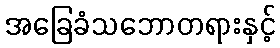
အခြေခံသဘောတရားနှင့်